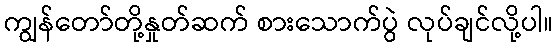
ကျွန်တော်တို့နှုတ်ဆက် စားသောက်ပွဲ လုပ်ချင်လို့ပါ။